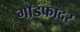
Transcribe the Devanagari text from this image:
गाॅडफादर